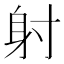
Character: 射